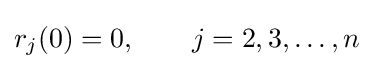
r_{j}{\left(0\right)}=0,\qquad j=2,3,\dots ,n